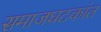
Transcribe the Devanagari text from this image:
समाजघटकांत